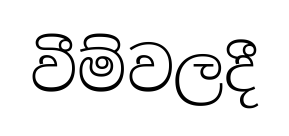
වීම්වලදී